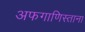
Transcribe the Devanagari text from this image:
अफगाणिस्ताना